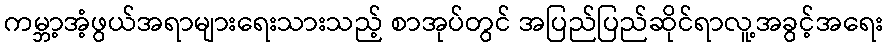
ကမ္ဘာ့အံ့ဖွယ်အရာများရေးသားသည့် စာအုပ်တွင် အပြည်ပြည်ဆိုင်ရာလူ့အခွင့်အရေး